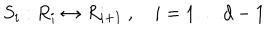
LaTeX: S _ { i } : R _ { i } \leftrightarrow R _ { i + 1 } \ , \quad i = 1 \dots d - 1